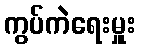
ကွပ်ကဲရေးမှူး